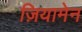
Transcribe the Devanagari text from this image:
ज़ियामेन